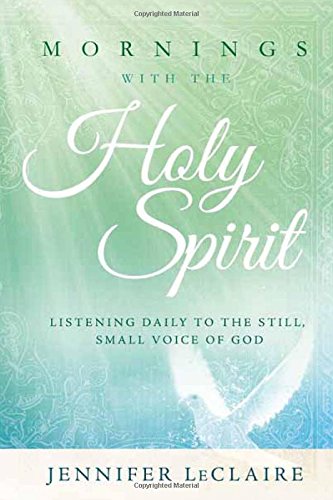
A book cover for Mornings With the Holy Spirit: Listening Daily to the Still, Small Voice of God; Jennifer LeClaire; Religion & Spirituality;